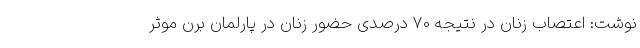
نوشت: اعتصاب زنان در نتیجه 70 درصدی حضور زنان در پارلمان برن موثر